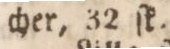
cher, 32 ſk.